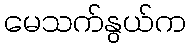
မေသက်နွယ်က